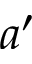
a ^ { \prime }